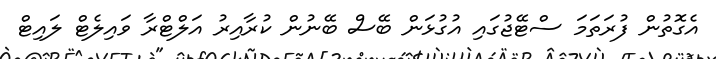
އެގޮތުން ފުރަތަމަ ސްޓޭޖުގައި އުގުޅަން ބޭސް ބޭނުން ކުރާއިރު އަލްޓްރާ ވައިލެޓް ލައިޓް